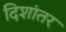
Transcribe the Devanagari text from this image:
दिशांतर